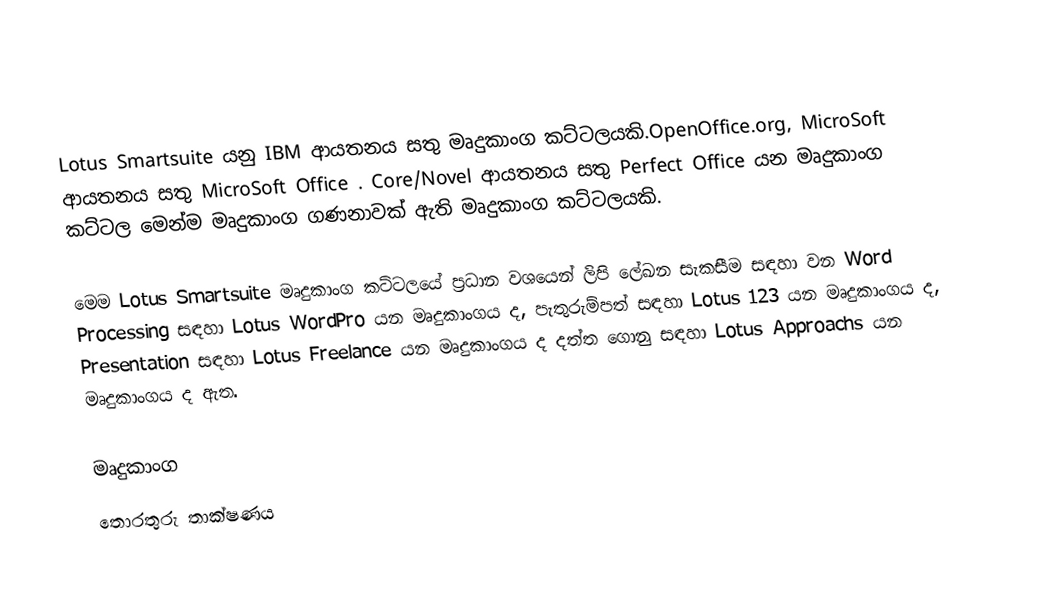
Lotus Smartsuite  යනු IBM ආයතනය සතු මෘදුකාංග කට්ටලයකි.OpenOffice.org, MicroSoft ආයතනය සතු MicroSoft Office . Core/Novel ආයතනය සතු Perfect Office යන මෘදුකාංග කට්ටල මෙන්ම  මෘදුකාංග ගණනාවක් ඇති මෘදුකාංග කට්ටලයකි.

මෙම Lotus Smartsuite මෘදුකාංග  කට්ටලයේ ප්‍රධාන වශයෙන් ලිපි  ලේඛන සැකසීම සඳහා වන Word Processing සඳහා Lotus WordPro යන මෘදුකාංගය ද, පැතුරුම්පත් සඳහා Lotus 123 යන මෘදුකාංගය ද, Presentation සඳහා Lotus Freelance යන මෘදුකාංගය  ද දත්ත ගොනු සඳහා Lotus Approachs යන මෘදුකාංගය ද ඇත.

මෘදුකාංග
තොරතුරු තාක්ෂණය